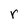
Character: r